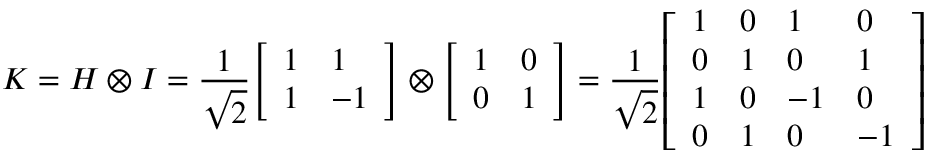
K = H \otimes I = { \frac { 1 } { \sqrt { 2 } } } { \left[ \begin{array} { l l } { 1 } & { 1 } \\ { 1 } & { - 1 } \end{array} \right] } \otimes { \left[ \begin{array} { l l } { 1 } & { 0 } \\ { 0 } & { 1 } \end{array} \right] } = { \frac { 1 } { \sqrt { 2 } } } { \left[ \begin{array} { l l l l } { 1 } & { 0 } & { 1 } & { 0 } \\ { 0 } & { 1 } & { 0 } & { 1 } \\ { 1 } & { 0 } & { - 1 } & { 0 } \\ { 0 } & { 1 } & { 0 } & { - 1 } \end{array} \right] }